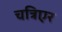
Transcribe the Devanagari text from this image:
चत्रिएर